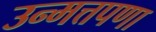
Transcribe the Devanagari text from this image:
उन्मत्तपणा